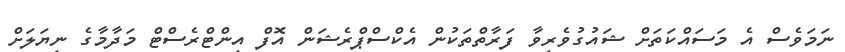
ނަމަވެސް އެ މަސައްކަތަށް ޝައުގުވެރިވާ ފަރާތްތަކުން އެކްސްޕްރެޝަން އޮފް އިންޓްރެސްޓް މަދާމާގެ ނިޔަލަށް